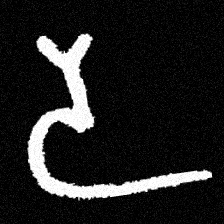
Pyu character \u2014 Myanmar letter: ဒ (romanized: da)